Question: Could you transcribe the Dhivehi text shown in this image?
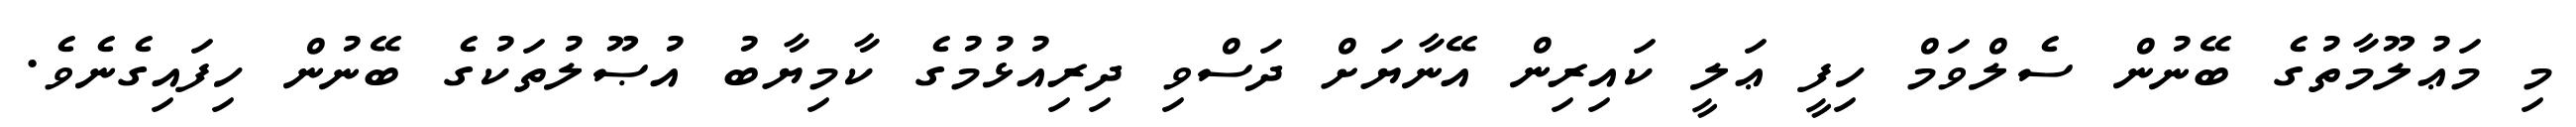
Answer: މި މަޢުލޫމާތުގެ ބޭނުން ސެލްވަމް ހިފީ ޢަލީ ކައިރިން އޭނާޔަށް ދަސްވި ދިރިއުޅުމުގެ ކާމިޔާބު އުޞޫލުތަކުގެ ބޭނުން ހިފައިގެނެވެ.